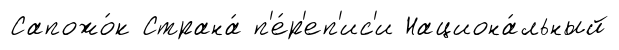
Сапожо́к Страна́ п'е́р'еп'ис'и Национа́льный